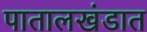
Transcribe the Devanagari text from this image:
पातालखंडात